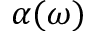
\alpha ( \omega )